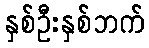
နှစ်ဦးနှစ်ဘက်